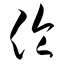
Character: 伦